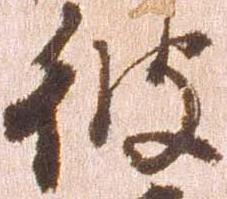
彼